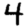
Digit: 4